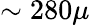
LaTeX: \sim 280\mu